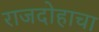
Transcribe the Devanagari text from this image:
राजदोहाचा